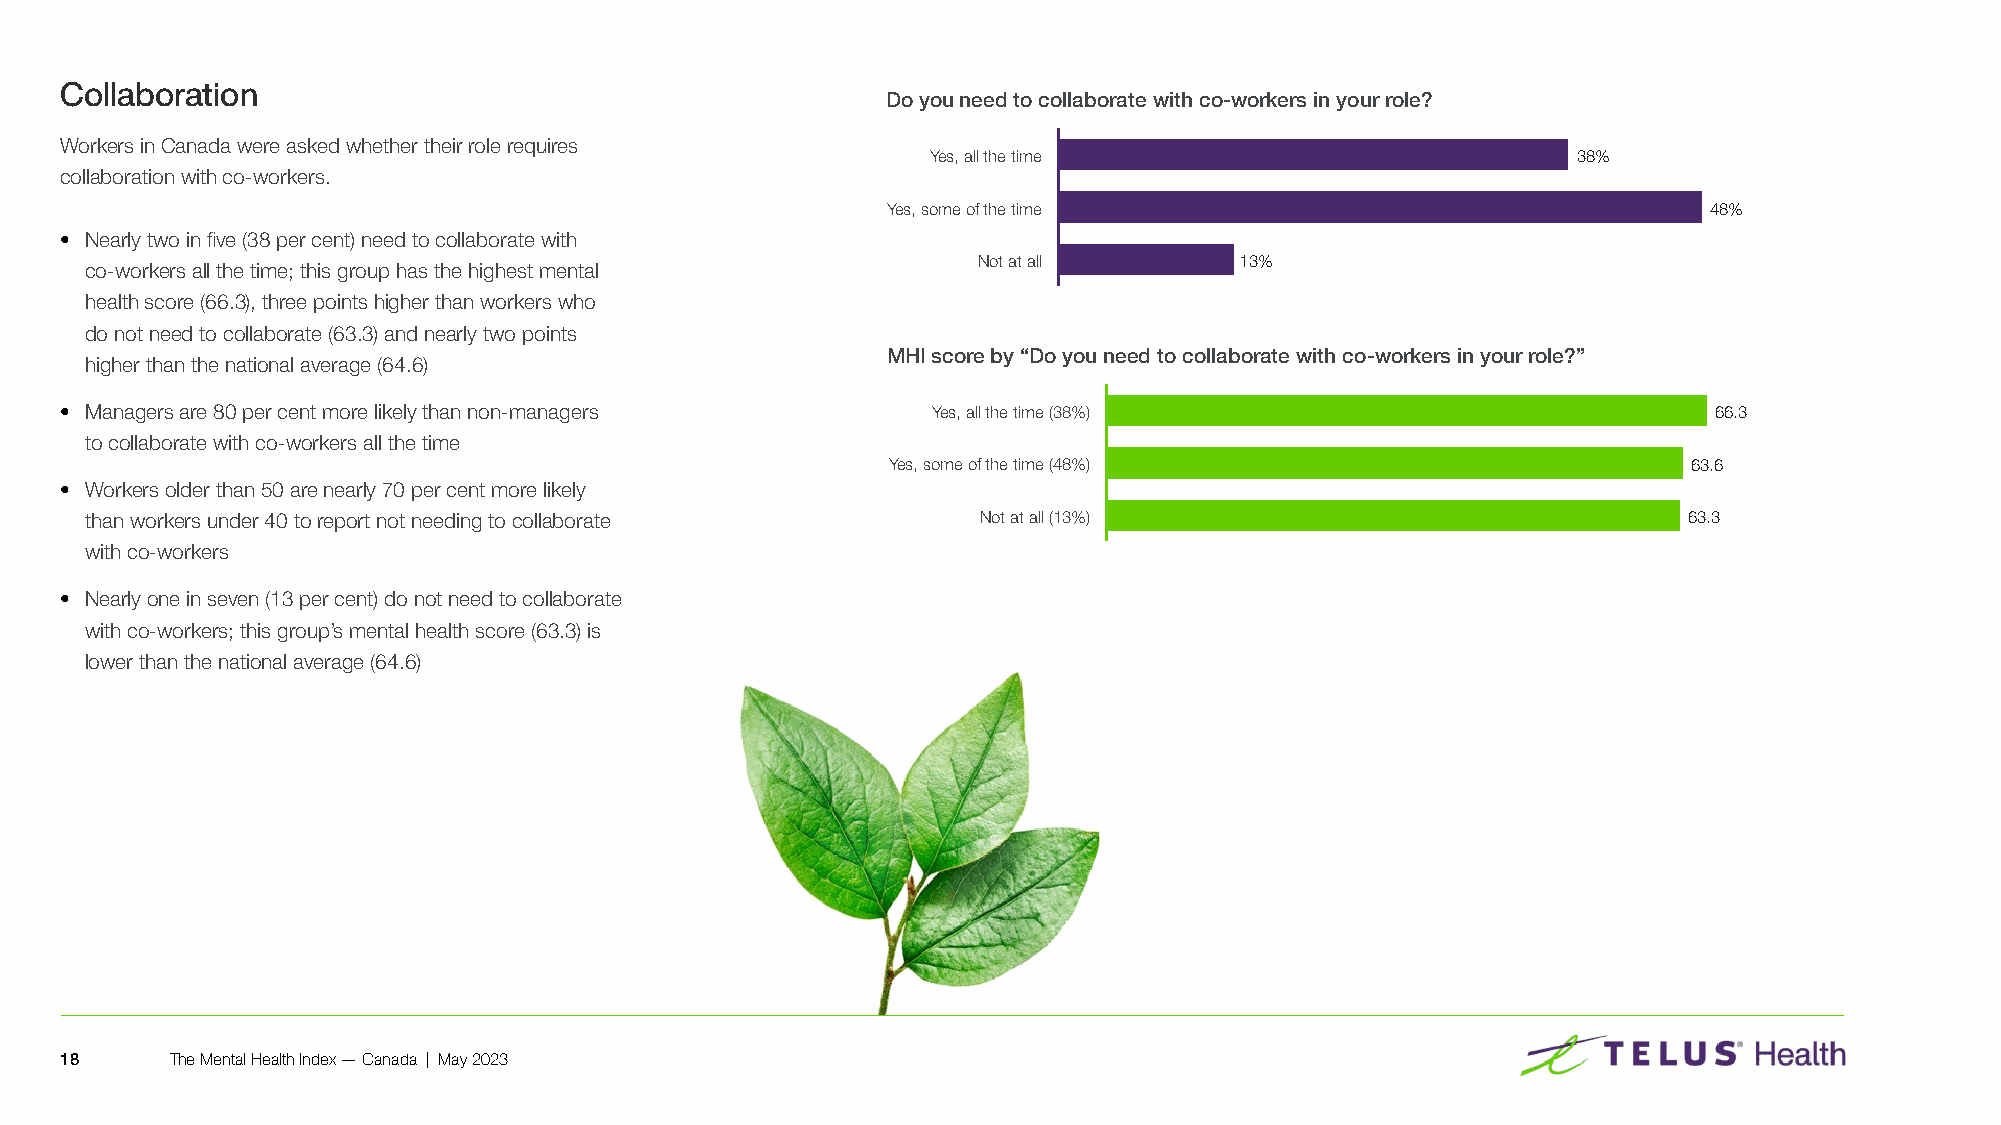
Collaboration
 Do you need to collaborate with co-workers in your role?
 Workers in Canada were asked whether their role requires
 Yes, all the time                         38%
 collaboration with co-workers�
 Yes, some of the time                                 48%
 • Nearly two in five (38 per cent) need to collaborate with
 Not at all       13%
 co-workers all the time; this group has the highest mental
 health score (66�3), three points higher than workers who
 do not need to collaborate (63�3) and nearly two points
 MHI score by “Do you need to collaborate with co-workers in your role?”
 higher than the national average (64�6)
 • Managers are 80 per cent more likely than non-managers  Yes, all the time (38%)                             66.3
 to collaborate with co-workers all the time
 Yes, some of the time (48%)                          63.6
 • Workers older than 50 are nearly 70 per cent more likely
 than workers under 40 to report not needing to collaborate Not at all (13%)                               63.3
 with co-workers
 • Nearly one in seven (13 per cent) do not need to collaborate
 with co-workers; this group’s mental health score (63�3) is
 lower than the national average (64�6)
 18     The Mental Health Index — Canada | May 2023